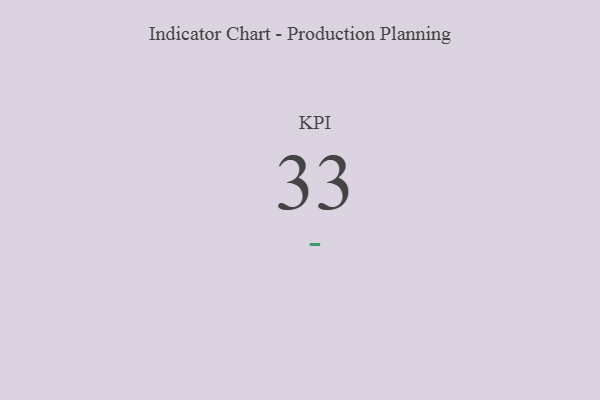
{"axis": {"x": "KPI", "y": "Value"}, "legend": [""], "data": [{"x": "KPI", "y": 33, "type": ""}]}